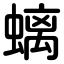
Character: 螭